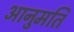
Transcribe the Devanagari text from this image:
आनुमति